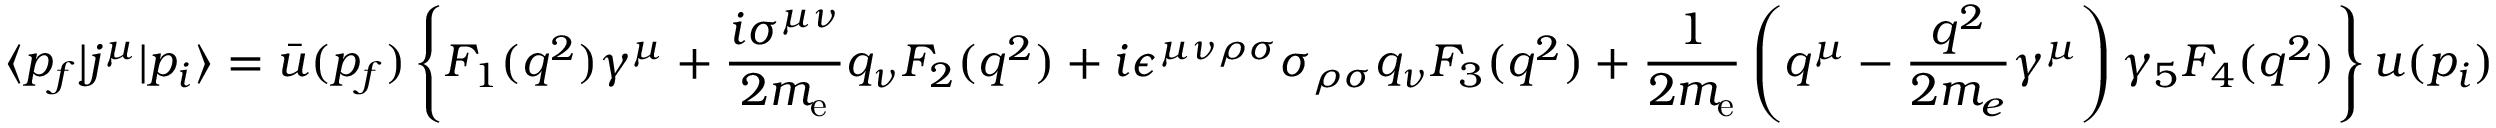
\langle p _ { f } | j ^ { \mu } | p _ { i } \rangle = { \bar { u } } ( p _ { f } ) \left\{ F _ { 1 } ( q ^ { 2 } ) \gamma ^ { \mu } + { \frac { i \sigma ^ { \mu \nu } } { 2 m _ { \mathrm { { e } } } } } q _ { \nu } F _ { 2 } ( q ^ { 2 } ) + i \epsilon ^ { \mu \nu \rho \sigma } \sigma _ { \rho \sigma } q _ { \nu } F _ { 3 } ( q ^ { 2 } ) + { \frac { 1 } { 2 m _ { \mathrm { { e } } } } } \left( q ^ { \mu } - { \frac { q ^ { 2 } } { 2 m _ { e } } } \gamma ^ { \mu } \right) \gamma _ { 5 } F _ { 4 } ( q ^ { 2 } ) \right\} u ( p _ { i } )